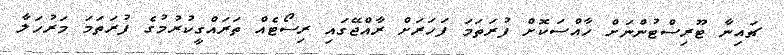
ޗައިނާ ޓޫރިސްޓުންނަަށް ހާއްސަކޮށް ފުރަތަމަ ފަހަރަށް ރާއްޖޭގައި ރިސޯޓެއް ތަރައްގީކުރުމުގެ ފުރަތަމަ މަރުހަލާ